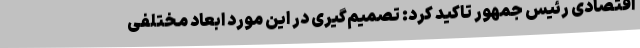
اقتصادی رئیس جمهور تاکید کرد: تصمیم‌گیری در این مورد ابعاد مختلفی